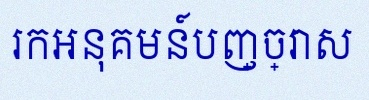
រកអនុគមន៍បញ្ច្រាស